Medical and sanitary report of the native army of Madras for the year
Year: 1877
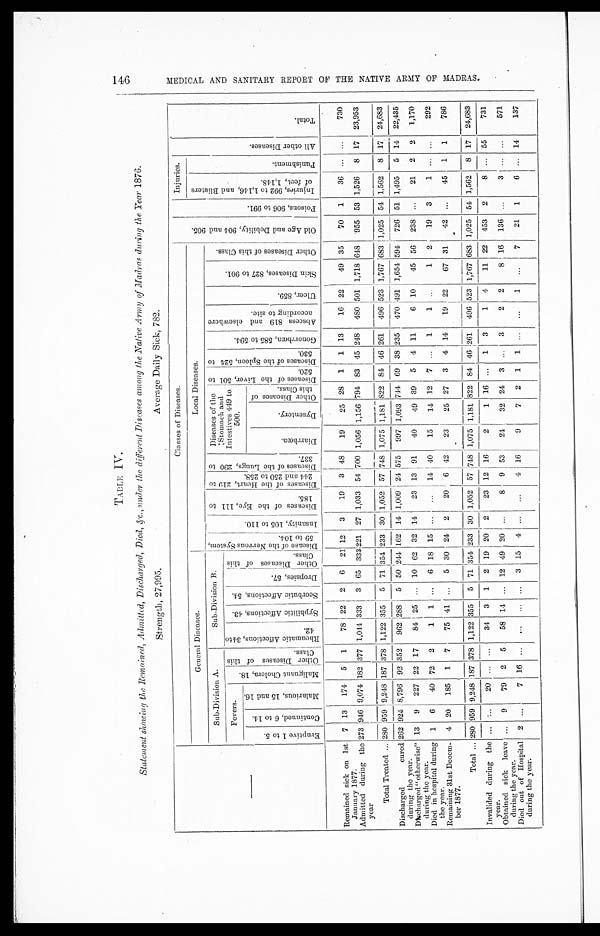
TABLE IV.
showing the Remained, Admitted,Discharged, Died,
&c., under the different Discases among the Native ArmyStatement of Madras during the Year 1876.
Strength, 27,995.
Average Daily Sick, 782.
Classes of Diseases.
O l d A g e a n d D e b i l i t y , 9 0 4 a n d 9 0 5 .
P o i s o n s , 9 0 6 t o 9 9 1 .
Injuries.
A l l o t h e r D i s e a s e s .
T o t a l .
General Diseases.
Local Diseases.
I n j u r i e s 9 9 2 t o 1 , 1 4 6 , a n d B l i s t e r s o f f e e t , 1 , 1 4 8 .
P u n i s h m e n t .
Sub-Division A.
Sub-Division B.
D i s e a s e s o f t h e N e r v o u s S y s t e m , 5 9 t o 1 0 4 .
I n s a n i t y , 1 0 5 t o 1 1 0 .
D i s e a s e s o f t h e E y e , 1 1 1 t o 1 8 5 . D i s e a s e s o f t h e H e a r t , 2 1 9 t o 2 4 4 a n d 2 5 0 t o 2 5 8 . D i s e a s e s o f t h e L u n g s , 2 9 0 t o 3 3 7 .
D i s e a s e s o f t h e
S t o m a c h a n d I n t e s t i v e s 4 4 9 t o
500.
D i s e a s e s o f t h e L i v e r , 5 0 1 t o 5 2 0 . D i s e a s e s o f t h e S p l e e n , 5 2 4 t o 5 3 0 .
G o n o r r h œ a , 5 8 5 t o 5 9 4 .
A b s c e s s 8 1 9 a n d e l s e w h e r e a c c o r d i n g t o s i t e .
U l c e r , 8 5 9 .
S k i n D i s e a s e s , 8 2 7 t o 9 0 1 .
O t h e r D i s e a s e s o f t h i s C l a s s .
Fevers.
M a l i g n a n t C h o l e r a , 1 8 .
O t h e r D i s e a s e s o f t h i s C l a s s .
R h e u m a t i c A f f e c t i o n s , 3 4 t o 4 2 .
S y p h i l i t i c A f f e c t i o n s , 4 3 .
S c o r b u t i c A f f e c t i o n s , 5 4 . D r o p s i e s . 5 7 .
O t h e r D i s e a s e s o f t h i s C l a s s .
E r u p t i v e 1 t o 5 .
M a l a r i o u s , 1 5 a n d 1 6 .
C o n t i n u e d , 6 t o 1 4 .
D i a r r h œ a .
D y s e n t e r y .
O t h e r D i s e a s e s o f t h i s c l a s s .
Remained sick on 1st
January 1877.
7 13 174 5 1
78 22 2 6 21 12 3
19 3 48
19
25 28 1 1 13
16 22
49 35
70 1
36
. . . . . .
730
273 946 9,074 182 377 1,044 333 3 65 333 221 27 1,033 54 700 1,056 1,156 794 83 45 248 480 501 1,718 648 955 53 1,526 8 17 23,953
Admitted during the
year
Total Treated . . . 280 959 9,248 187 378 1,122 355 5 71 354 233 30 1,052 57 748 1,075 1,181 822 84 46 261 496 523 1,767 683 1,025 54 1,562 8 17 24,683
Discharged
cured
during the year.
262 924 8,796 92 352 962 288 5 50 244 162 14 1,009 24 575 997 1,093 744 69 38 235 470 491 1,654 594 726 51 1,495 5 14 22,435
13 9 227 22 17 84 25
. . . 10 62 32 14 23 13 91
40
49 39 5 4 11
6 10 45 56 238
. . . 21 2 2 1,170
Discharged "otherwise"
during the year.
6 40 72 2
1 1
. . . 6 18 15 . . .
. . . 14 40
15
14 12 7 . . . 1
1
. . .
1 2
19 3
1
. . . . . . 292
1
Died in hospital during
the year.
20 185
1 7
75 41
. . . 5 30 24 2
20 6 42
23
25 27 3 4 14
1 9 22
67 31
42 . . .
45 1 1
786
4
Remaining 31st Decem
-ber 1877.
Total . . . 280 959 9,248 187 378 1,122 355 5 71 354 233 30 1,052 57 748 1,075 1,181
8 2 2 84
4 6 261 496 523 1,767 683 1,025 54 1,562 8 17 24,683
Invalided during the
year.
. . .
. . . 20 . . .
. . . 34 3 1 2 19 20 2
23 12 16
2
1 16 . . . 1 3
1 4
11 22 453 2
8
. . . 55
731
Obtained sick leave
during the year.
. . . 9
79 2 5
58 14
. . . 12 49 20 . . .
8 9 53
24 32 24 3 . . . 3
2 2
8 16 136 . . .
3
. . . . . . 571
Died out of hospital
during the year.
2
. . .
7 16
. . . . . .
. . .
. . . 3 15 4
. . .
. . . 4 16
9
7 2 1 1 . . .
. . .
1
. . .
7
21 1
6
. . . 14
137
1 4 6 M E D I C A L A N D S A N I T A R Y R E P O R T O F T H E N A T I V E A R M Y O F M A D R A S .